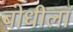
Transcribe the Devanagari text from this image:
बोधीला